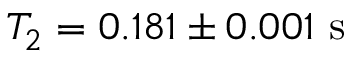
T _ { 2 } = 0 . 1 8 1 \pm 0 . 0 0 1 \mathrm { \ s }